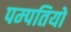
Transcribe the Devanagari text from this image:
पम्‍पतियो